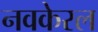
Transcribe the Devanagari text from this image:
नवकेरल